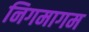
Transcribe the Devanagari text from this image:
निगमागम